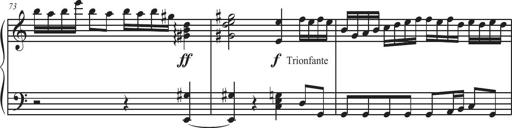
Title: Sonatina Espania
Composer: Jerald Franklin Archer
Key: Various